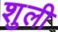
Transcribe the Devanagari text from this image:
शुली